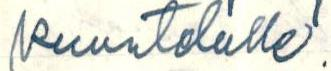
kuuntelulle.